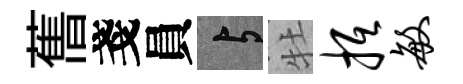
𦾔戔員与牡抵敏